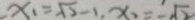
x _ { 1 } = \sqrt { 2 } - 1 , x _ { 2 } = - \sqrt { 2 }